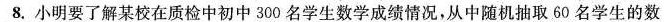
8.小明要了解某校在质检中初中300名学生数学成绩情况，从中随机抽取60名学生的数